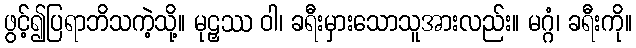
ဖွင့်၍ပြရာဘိသကဲ့သို့။ မုဠှဿ ဝါ၊ ခရီးမှားသောသူအားလည်း။ မဂ္ဂံ၊ ခရီးကို။